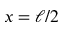
x = \ell / 2